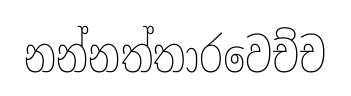
නන්නත්තාරවෙච්ච